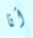
أنا